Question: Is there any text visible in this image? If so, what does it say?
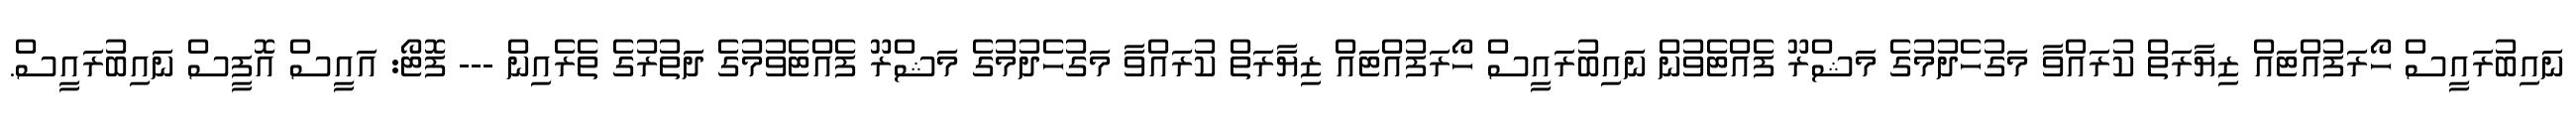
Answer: ނައިބުރައީސް ހޯރަފުއްޓައް ޒިޔާރަތް ކުރައްވާ މަގުހެދުމުގެ މަޝްރޫ ފެއްޓެވުން ނައިބުރައީސް ހޯރަފުއްޓައް ޒިޔާރަތް ކުރައްވާ މަގުހެދުމުގެ މަޝްރޫ ފެއްޓެވުމުގެ ދަތުރުގެ ތެރެއިން --- ފޮޓޯ: އައީސް އޮފީސް ނައިބުރައީސް.